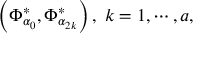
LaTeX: \left( \Phi _ { \alpha _ { 0 } } ^ { * } , \Phi _ { \alpha _ { 2 k } } ^ { * } \right) , \; k = 1 , \cdots , a ,